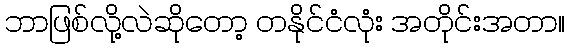
ဘာဖြစ်လို့လဲဆိုတော့ တနိုင်ငံလုံး အတိုင်းအတာ။